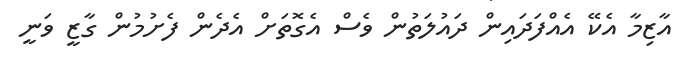
އާޒިމާ އެކޭ އެއްފަދައިން ދައުލަތުން ވެސް އެގޮތަށް އެދެން ފެށުމުން ގާޒީ ވަނީ